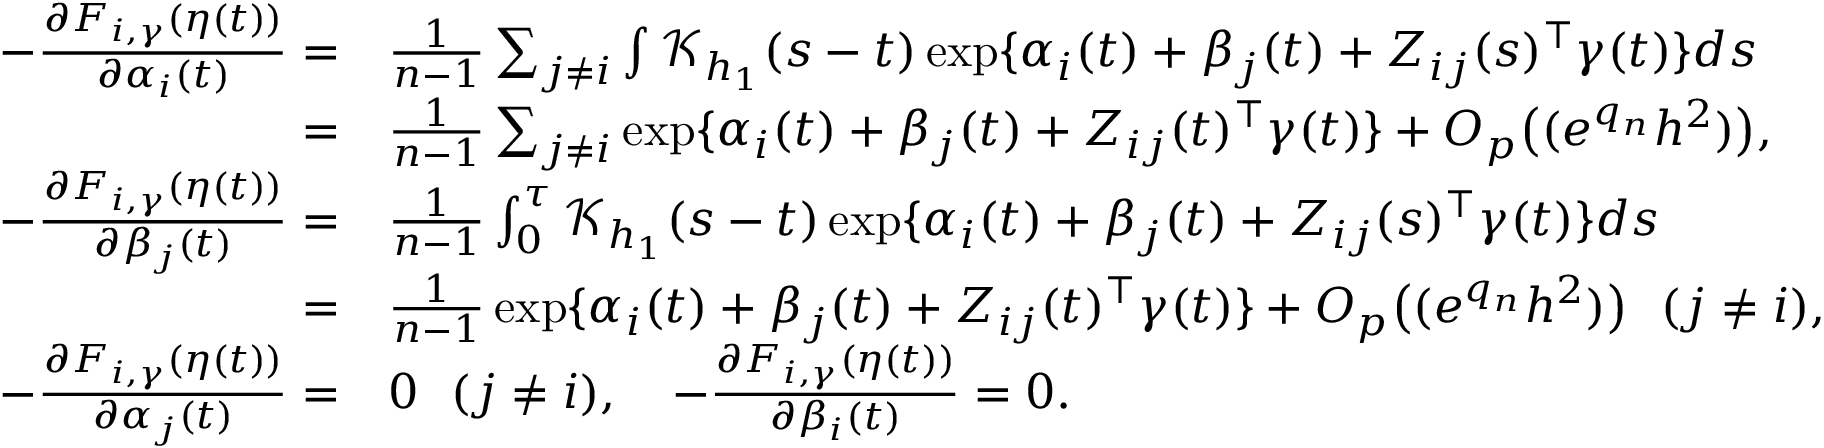
\begin{array} { r l } { - \frac { \partial F _ { i , \gamma } ( \eta ( t ) ) } { \partial \alpha _ { i } ( t ) } = } & { \frac { 1 } { n - 1 } \sum _ { j \neq i } \int \mathcal { K } _ { h _ { 1 } } ( s - t ) \exp \{ \alpha _ { i } ( t ) + \beta _ { j } ( t ) + Z _ { i j } ( s ) ^ { \top } \gamma ( t ) \} d s } \\ { = } & { \frac { 1 } { n - 1 } \sum _ { j \neq i } \exp \{ \alpha _ { i } ( t ) + \beta _ { j } ( t ) + Z _ { i j } ( t ) ^ { \top } \gamma ( t ) \} + O _ { p } \big ( ( e ^ { q _ { n } } h ^ { 2 } ) \big ) , } \\ { - \frac { \partial F _ { i , \gamma } ( \eta ( t ) ) } { \partial \beta _ { j } ( t ) } = } & { \frac { 1 } { n - 1 } \int _ { 0 } ^ { \tau } \mathcal { K } _ { h _ { 1 } } ( s - t ) \exp \{ \alpha _ { i } ( t ) + \beta _ { j } ( t ) + Z _ { i j } ( s ) ^ { \top } \gamma ( t ) \} d s } \\ { = } & { \frac { 1 } { n - 1 } \exp \{ \alpha _ { i } ( t ) + \beta _ { j } ( t ) + Z _ { i j } ( t ) ^ { \top } \gamma ( t ) \} + O _ { p } \big ( ( e ^ { q _ { n } } h ^ { 2 } ) \big ) ~ ~ ( j \neq i ) , } \\ { - \frac { \partial F _ { i , \gamma } ( \eta ( t ) ) } { \partial \alpha _ { j } ( t ) } = } & { 0 ~ ~ ( j \neq i ) , ~ ~ ~ - \frac { \partial F _ { i , \gamma } ( \eta ( t ) ) } { \partial \beta _ { i } ( t ) } = 0 . } \end{array}